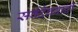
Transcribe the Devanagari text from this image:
सर्वदेववादी